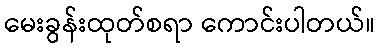
မေးခွန်းထုတ်စရာ ကောင်းပါတယ်။